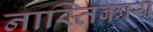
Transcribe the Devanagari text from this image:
नास्तिकाय